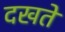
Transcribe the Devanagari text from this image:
दखते